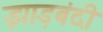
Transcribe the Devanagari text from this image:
झाड़बंदी